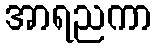
အာရညကာ